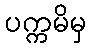
ပက္ကမိမှ